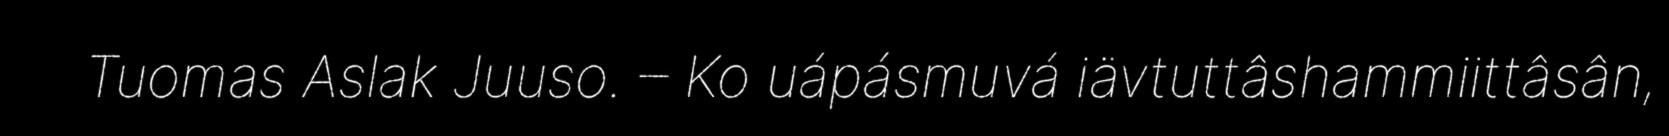
Tuomas Aslak Juuso. – Ko uápásmuvá iävtuttâshammiittâsân,